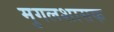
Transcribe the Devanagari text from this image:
मुगलशासक